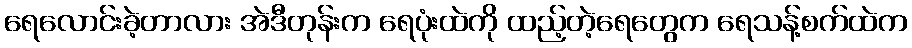
ရေလောင်းခဲ့တာလား အဲဒီတုန်းက ရေပုံးထဲကို ထည့်တဲ့ရေတွေက ရေသန့်စက်ထဲက